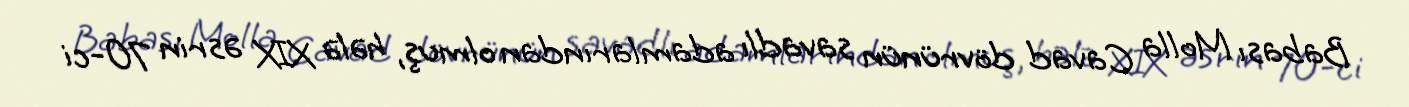
Babası Molla Cavad dövrünün savadlı adamlarından olmuş, hələ XIX əsrin 70-ci